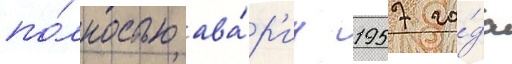
по́лностью ава́р'иу 1957 го́да